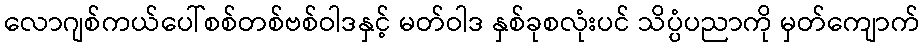
လောဂျစ်ကယ်ပေါ်စစ်တစ်ဗစ်ဝါဒနှင့် မတ်ဝါဒ နှစ်ခုစလုံးပင် သိပ္ပံပညာကို မှတ်ကျောက်